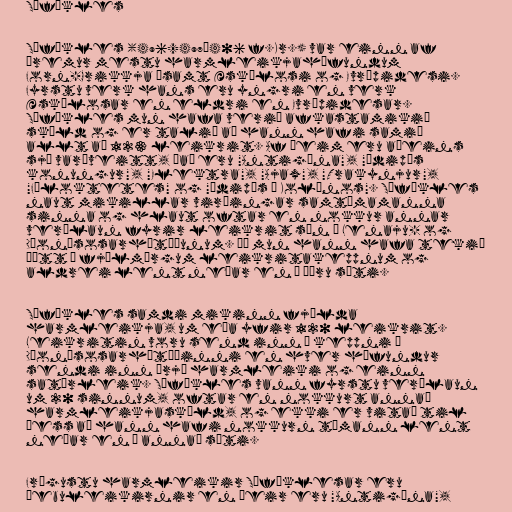
Sófókles

Sófókles (496/497–406 f.Kr.) var einn af
þremur mestu harmleikjahöfundum
Forn-Grikkja ásamt Æskýlosi og Evrípidesi.
Fyrstu verk hans eru yngri en verk
Æskýlosar en eldri en Evrípidesar.
Sófókles mun hafa verið afkastamikið
skáld og er talið að hann hafi samið
allt að 123 leikrit. Af þeim eru aðeins
sjö varðveitt, það eru "Antigóna", "Ödipús
konungur", "Elektra", "Ajax", "Trakynjur",
"Fíloktetes" og "Ödipús í Kolónos". Sófókles
naut mikillar virðingar samtímamanna
sinna og hlaut oftar en nokkur annar
verðlaun fyrir leikrit sín á Lenaju- og
Díonýsosarhátíðunum. Þá mun hann hafa tekið
þátt í fjölmörgum leikritakeppnum og
aldrei lent neðar en í öðru sæti.

Sófókles samdi mikinn fjölda
harmleikja, um eða yfir 120 leikrit.
Leikritin voru send inn í keppni á
Díonýsosarhátíðinni en hver höfundur
sendi inn þrjá harmleiki og einn
satýrleik. Sófókles vann fyrstu verðlaun
um 20 sinnum, oftar en nokkurt annað
harmleikjaskáld, og ekki er vitað til
þess að hann hafi nokkurn tímann lent
neðar en í annað sæti.

Frægustu harmleikir Sófóklesar eru
Þebuleikirnir en þeir eru "Antigóna",